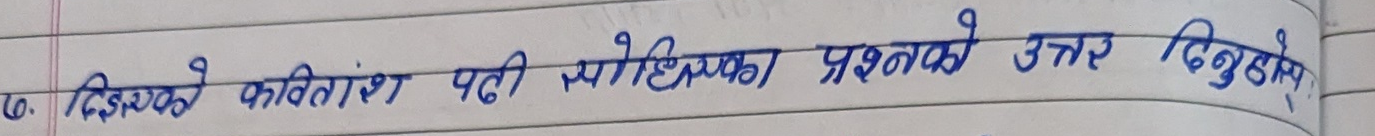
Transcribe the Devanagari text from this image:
ढ) दिइएको कवितांश पढी सोधिएका प्रश्नको उत्तर दिनुहोस्।